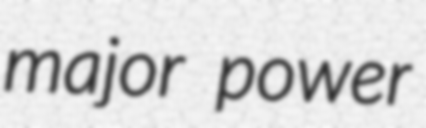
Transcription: major power